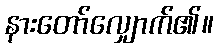
နားတော်လျှောက်၏။